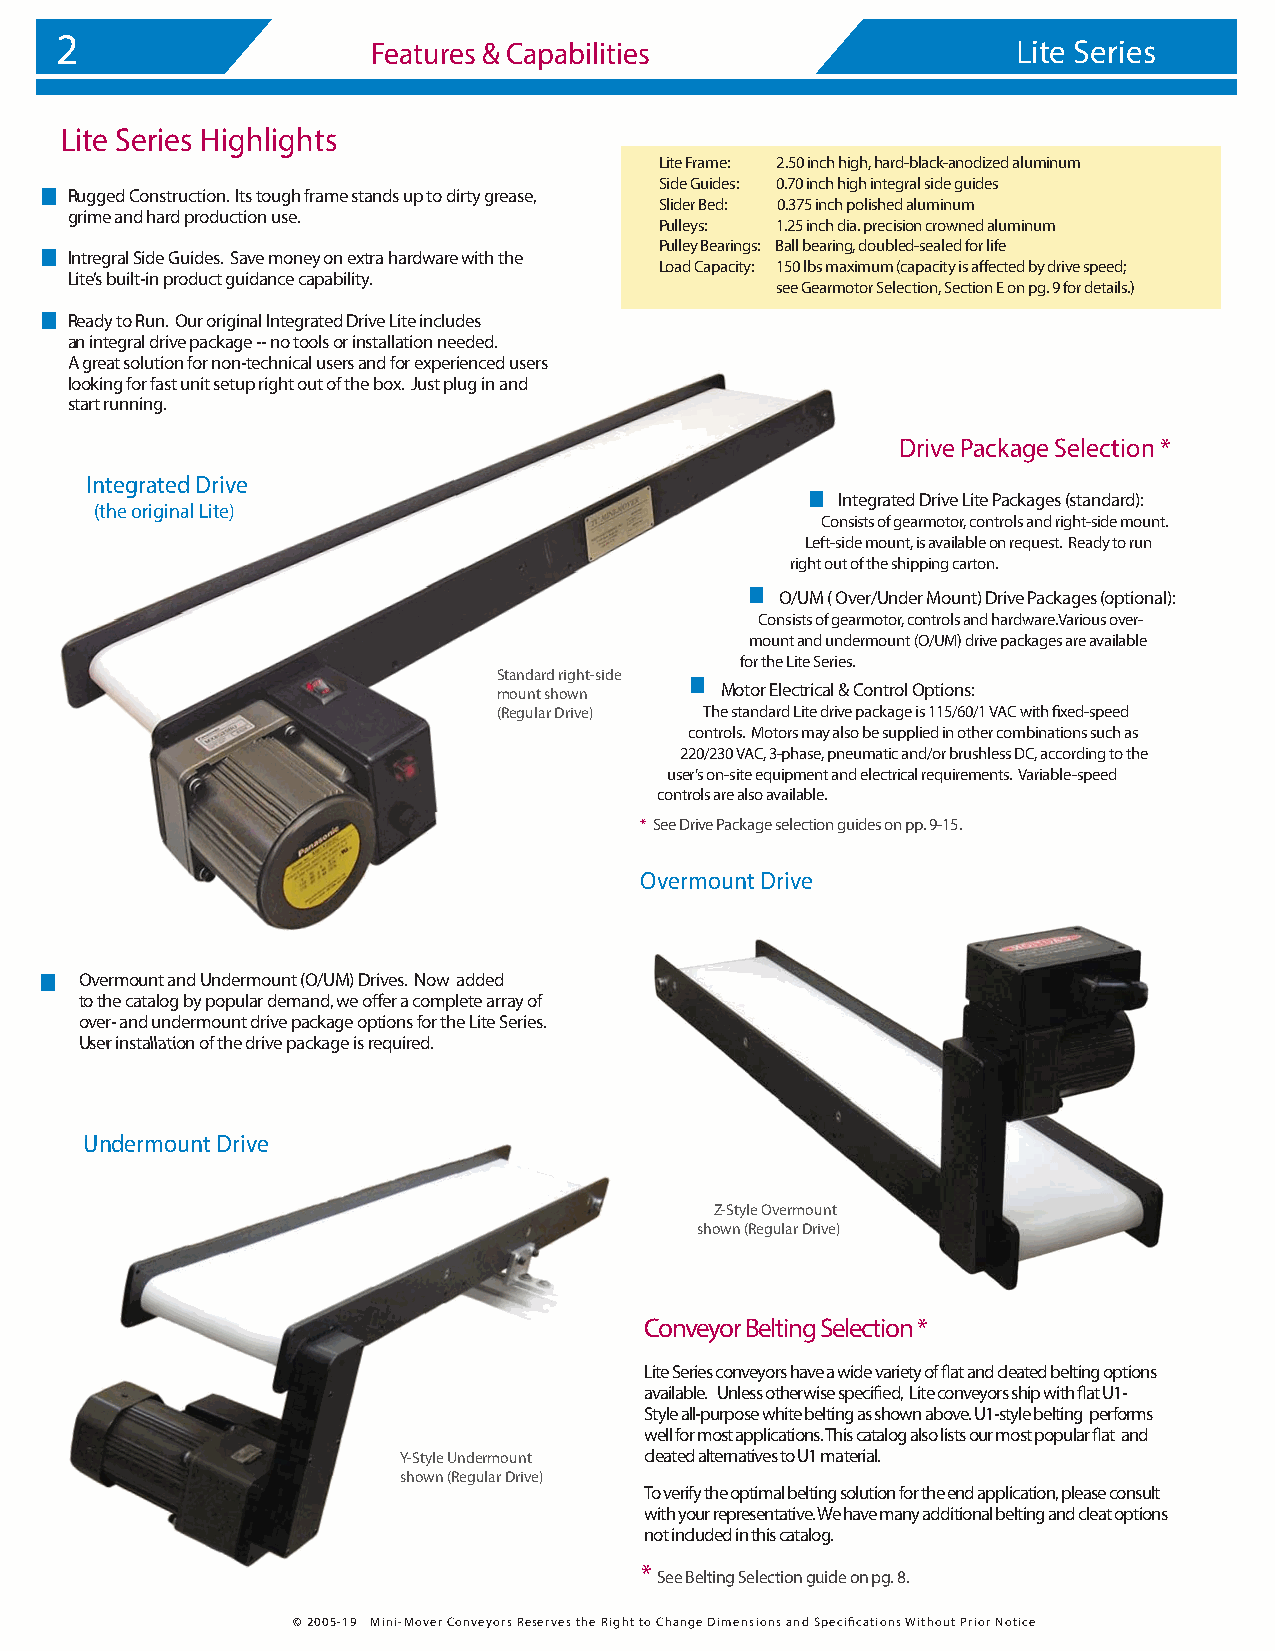
2
 Features & Capabilities                   Lite Series
 Lite Series Highlights
 Lite Frame: 2.50 inch high, hard-black-anodized aluminum
 Side Guides: 0.70 inch high integral side guides
 Rugged Construction. Its tough frame stands up to dirty grease,
 Slider Bed: 0.375 inch polished aluminum
 grime and hard production use.
 Pulleys: 1.25 inch dia. precision crowned aluminum
 Pulley Bearings: Ball bearing, doubled-sealed for life
 Intregral Side Guides. Save money on extra hardware with the
 Load Capacity: 150 lbs maximum (capacity is affected by drive speed;
 Lite’s built-in product guidance capability.
 see Gearmotor Selection, Section E on pg. 9 for details.)
 Ready to Run. Our original Integrated Drive Lite includes
 an integral drive package -- no tools or installation needed.
 A great solution for non-technical users and for experienced users
 looking for fast unit setup right out of the box. Just plug in and
 start running.
 Drive Package Selection *
 Integrated Drive
 Integrated Drive Lite Packages (standard):
 (the original Lite)
 Consists of gearmotor, controls and right-side mount.
 Left-side mount, is available on request. Ready to run
 right out of the shipping carton.
 O/UM ( Over/Under Mount) Drive Packages (optional):
 Consists of gearmotor, controls and hardware.Various over-
 mount and undermount (O/UM) drive packages are available
 for the Lite Series.
 Standard right-side
 mount shown    Motor Electrical & Control Options:
 (Regular Drive) The standard Lite drive package is 115/60/1 VAC with fixed-speed
 controls. Motors may also be supplied in other combinations such as
 220/230 VAC, 3-phase, pneumatic and/or brushless DC, according to the
 user’s on-site equipment and electrical requirements. Variable-speed
 controls are also available.
 * See Drive Package selection guides on pp. 9-15.
 Overmount Drive
 Overmount and Undermount (O/UM) Drives. Now added
 to the catalog by popular demand, we offer a complete array of
 over- and undermount drive package options for the Lite Series.
 Useerr iinnssttaalllllaatttiioonn of the drive package is required.
 UUnnddeerrmmoouunntt DDrriivvee
 Z-Style Overmount
 shown (Regular Drive)
 Conveyor Belting Selection *
 Lite Series conveyors have a wide variety of flat and cleated belting options
 available. Unless otherwise specified, Lite conveyors ship with flat U1-
 Style all-purpose white belting as shown above. U1-style belting performs
 well for most applications. This catalog also lists our most popular flat and
 Y-Style Undermount cleated alternatives to U1 material.
 shown (Regular Drive)
 To verify the optimal belting solution for the end application, please consult
 with your representative. We have many additional belting and cleat options
 not included in this catalog.
 *
 See Belting Selection guide on pg. 8.
 © 2005-19 MMiinnii--MMoovveerr CCoonnvveeyyoorrss RReesseerrvves the Right to Change Dimensions and Specifications Without Prior Notice